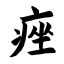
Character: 痤